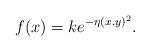
LaTeX: \begin{align*} f (x) = ke^{- \eta (x.y)^2} .\end{align*}